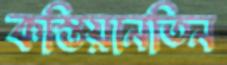
কস্তিয়ানতিন